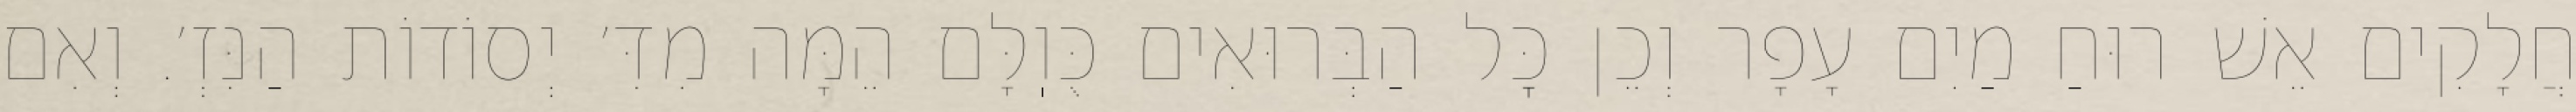
חֲלָקִים אֵשׁ רוּחַ מַיִם עָפָר וְכֵן כׇּל הַבְּרוּאִים כֻּוֽלָּם הֵמָּה מִדִּ׳ יְסוֹדוֹת הַנִּזְ׳. וְאִם